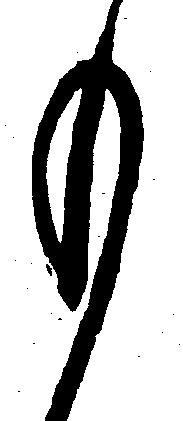
も